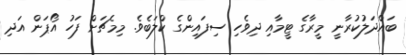
ބައްދަލުކުރާނީ މީރާގެ ޓީމާއި ދިވެހި ސިފައިންގެ ކްލަބެވެ. މިމެޗަށް ފަހު އޯޕަން އަދި